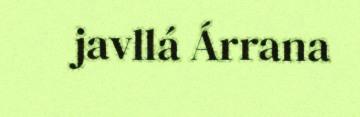
javllá Árrana